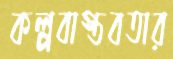
কল্পবাস্তবতার